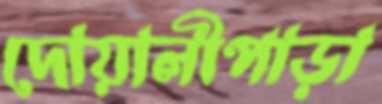
দোয়ালীপাড়া